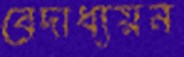
বেদাধ্যয়ন